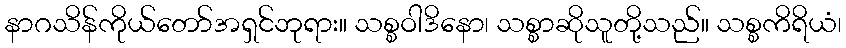
နာဂသိန်ကိုယ်တော်အရှင်ဘုရား။ သစ္စဝါဒိနော၊ သစ္စာဆိုသူတို့သည်။ သစ္စကိရိယံ၊